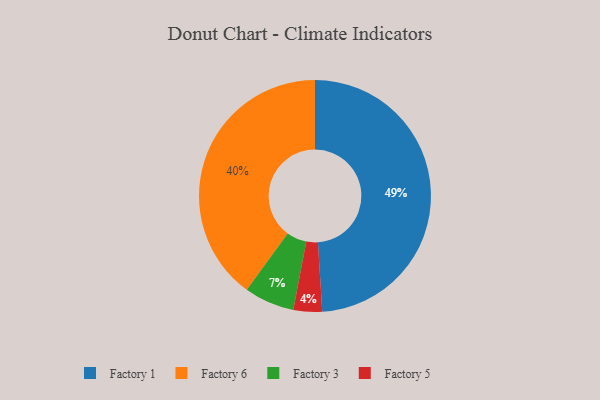
{"axis": {"x": "Category", "y": "Percentage"}, "legend": ["Factory 1", "Factory 3", "Factory 5", "Factory 6"], "data": [{"x": "Factory 6", "y": 40, "type": "Factory 6"}, {"x": "Factory 3", "y": 7, "type": "Factory 3"}, {"x": "Factory 5", "y": 4, "type": "Factory 5"}, {"x": "Factory 1", "y": 49, "type": "Factory 1"}]}